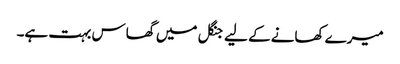
میرے کھانے کے لیے جنگل میں گھاس بہت ہے۔